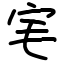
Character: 宒